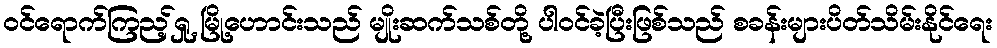
ဝင်ရောက်ကြည့်ရှု့ မြို့ဟောင်းသည် မျိုးဆက်သစ်တို့ ပါဝင်ခဲ့ပြီးဖြစ်သည် စခန်းများပိတ်သိမ်းနိုင်ရေး